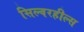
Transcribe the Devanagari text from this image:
सिल्वरहील्स